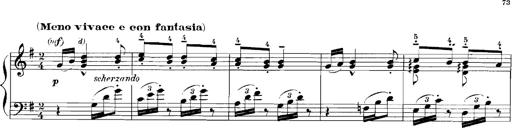
Title: Rhapsodies hongroises
Composer: Franz Liszt